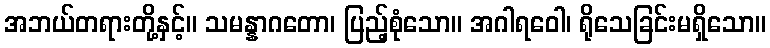
အဘယ်တရားတို့နှင့်။ သမန္နာဂတော၊ ပြည့်စုံသော။ အဂါရဝေါ၊ ရိုသေခြင်းမရှိသော။